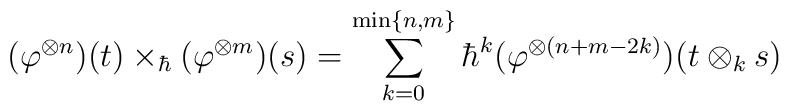
(\varphi^{\otimes n})(t)\times_\hbar (\varphi^{\otimes m})(s)=\sum_{k=0}^{{\rm min}\{n,m\}}\hbar^k(\varphi^{\otimes (n+m-2k)}) (t\otimes_{k} s)